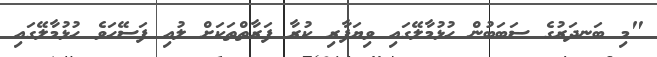
"މި ބަނދަރުގެ ސަބަބުން ހުޅުމާލޭގައި ވިޔަފާރި ކުރާ ފަރާތްތަކަށް ލުއި ފަސޭހަވެ ހުޅުމާލޭގައި